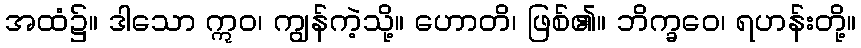
အထံ၌။ ဒါသော ဣဝ၊ ကျွန်ကဲ့သို့။ ဟောတိ၊ ဖြစ်၏။ ဘိက္ခဝေ၊ ရဟန်းတို့။